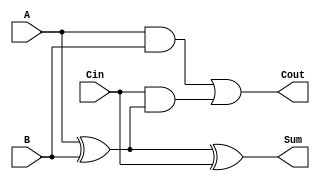
module FullAdder (
    input wire A,
    input wire B,
    input wire Cin,
    output wire Sum,
    output wire Cout
);
    assign Sum = A ^ B ^ Cin;       // Sum is the XOR of A, B, and Cin
    assign Cout = (A & B) | (Cin & (A ^ B)); // Carry out using majority function
endmodule